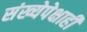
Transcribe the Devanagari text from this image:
संख्येपेक्षाही